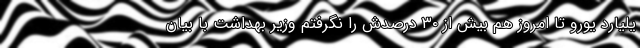
یلیارد یورو تا امروز هم بیش از ۳۰ درصدش را نگرفتم وزیر بهداشت با بیان